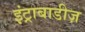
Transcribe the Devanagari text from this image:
इंट्राबाडीज़